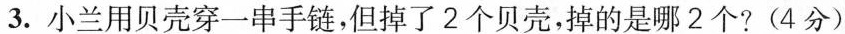
3.小兰用贝壳穿一串手链，但掉了2个贝壳，掉的是哪2个?(4分)